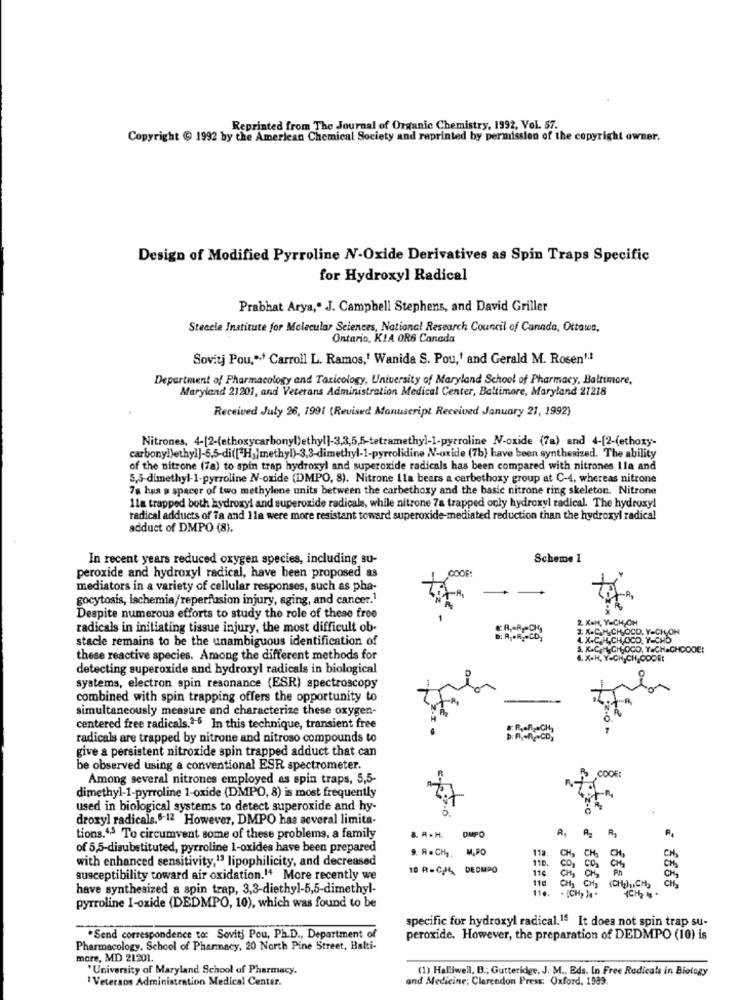
Reprinted from The Journal of Organic Chemistry, 1992, Vol. 57.
Copyright @ 1992 by the American Chemical Society and reprinted by permission of the copyright owner.
Design of Modified Pyrroline N-Oxide Derivatives as Spin Traps Specific
for Hydroxyl Radical
Prabhat Arya," J. Campbell Stephens, and David Griller
Steccie Institute for Molecular Sciences, National Research Council of Canada, Ottawa,
Ontario, KIA OR6 Canada
Sovitj Pou ,*** Carroll L. Ramos,' Wanida S. Pou,' and Gerald M. Rosen" .*
Department of Pharmacology and Toxicology, University of Maryland School of Pharmacy, Baltimore,
Maryland 21201, and Veterans Administration Medical Center, Baltimore, Maryland 21218
Received July 26, 1991 (Revised Manuscript Received January 21, 1992)
Nitrones, 4-[2-(ethoxycarbonyl)ethyl]-3,3,5,5-tetramethyl-1-pyrroline N-oxide (7) and 4-[2-(ethoxy-
carbonyl)ethyl]-5.5-di([ H]]methyl)-3,3-dimethyl-1-pyrrolidine N-oxide (7b) have been synthesized. The ability
of the nitrone (7a) to spin trap hydroxyl and superoxide radicals has been compared with nitrones Ila and
5,5-dimethyl-1-pyrroline N-oxide (DMPO, 8). Nitrone Lla bears a carbethoxy group at C-4, whereas nitrone
78 hus p spacer of two methylene units between the carbethoxy and the basic nitrone ring skeleton. Nitrone
11a trapped both hydroxyl and superoxide radicals, while nitrone 7a trapped only hydroxyl radical. The hydroxy!
radical adducts of Ta and 11a were more resistant toward superoxide-mediated reduction than the hydroxyl radical
adduct of DMPO (8).
In recent years reduced oxygen species, including su-
Scheme I
peroxide and hydroxyl radical, have been proposed as
GOOF
mediators in a variety of cellular responses, such as pha-
gocytosis, ischemia/reperfusion injury, aging, and cancer.1
Despite numerous efforts to study the role of these free
2 X=H, Y=CH,OH
radicals in initiating tissue injury, the most difficult ob-
2. X.C.H.CH,OCO, Y=CH,OH
stacle remains to be the unambiguous identification of
4. X.C.H. CH. OCO. Y-CHD
&. K.C.H. CH,OCO. Y.CH-CHCOOEt
these reactive species. Among the different methods for
4. X.H. Y-CHICH,COOEt
detecting superoxide and hydroxyl radicals in biological
systems, electron spin resonance (ESR) spectroscopy
combined with spin trapping offers the opportunity to
simultaneously measure and characterize these oxygen-
centered free radicals.2-5 In this technique, transient free
. R.R ., CH,
radicals are trapped by nitrone and nitroso compounds to
give a persistent nitroxide spin trapped adduct that can
be observed using a conventional ESR spectrometer.
Among several nitrones employed as spin traps, 5,5-
CODE:
dimethyl-1-pyrroline 1-oxide (DMPO, 8) is most frequently
used in biological systems to detect superoxide and hy-
droxyl radicals.6-12 However, DMPO has several limita-
tions.45 To circumvent some of these problems, a family
&. A . H.
OMPO
R, A R,
of 5,5-disubstituted, pyrroline 1-oxides have been prepared
9. A=CH ,. M.PO
112
with enhanced sensitivity,13 lipophilicity, and decreased
110.
CH,
10 R=C/4 DEDMPO
COM
CH2
Ph
CH
susceptibility toward air oxidation." More recently we
11d.
CHE CH2
CH
have synthesized a spin trap, 3,3-diethyl-5,5-dimethyl-
(CHgliCH,
CH
11 .. . (CH) )s "
pyrroline 1-oxide (DEDMPO, 10), which was found to be
specific for hydroxyl radical.15 It does not spin trap su-
"Send correspondence to: Sovitj Pou, Ph.D ., Department of
peroxide. However, the preparation of DEDMPO (10) is
Pharmacology. School of Pharmacy, 20 North Pine Street, Bali-
more, MD 21201.
"University of Maryland School of Pharmacy.
(1) Halliwell, B .; Gutteridge, J. M ., Eds. In Free Radicals in Biology
" Veterans Administration Medical Center.
and Medicine; Clarendon Press: Oxford, 1989.